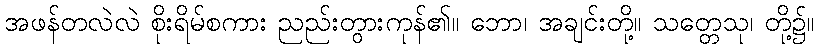
အဖန်တလဲလဲ စိုးရိမ်စကား ညည်းတွားကုန်၏။ ဘော၊ အချင်းတို့။ သတ္တေသု၊ တို့၌။